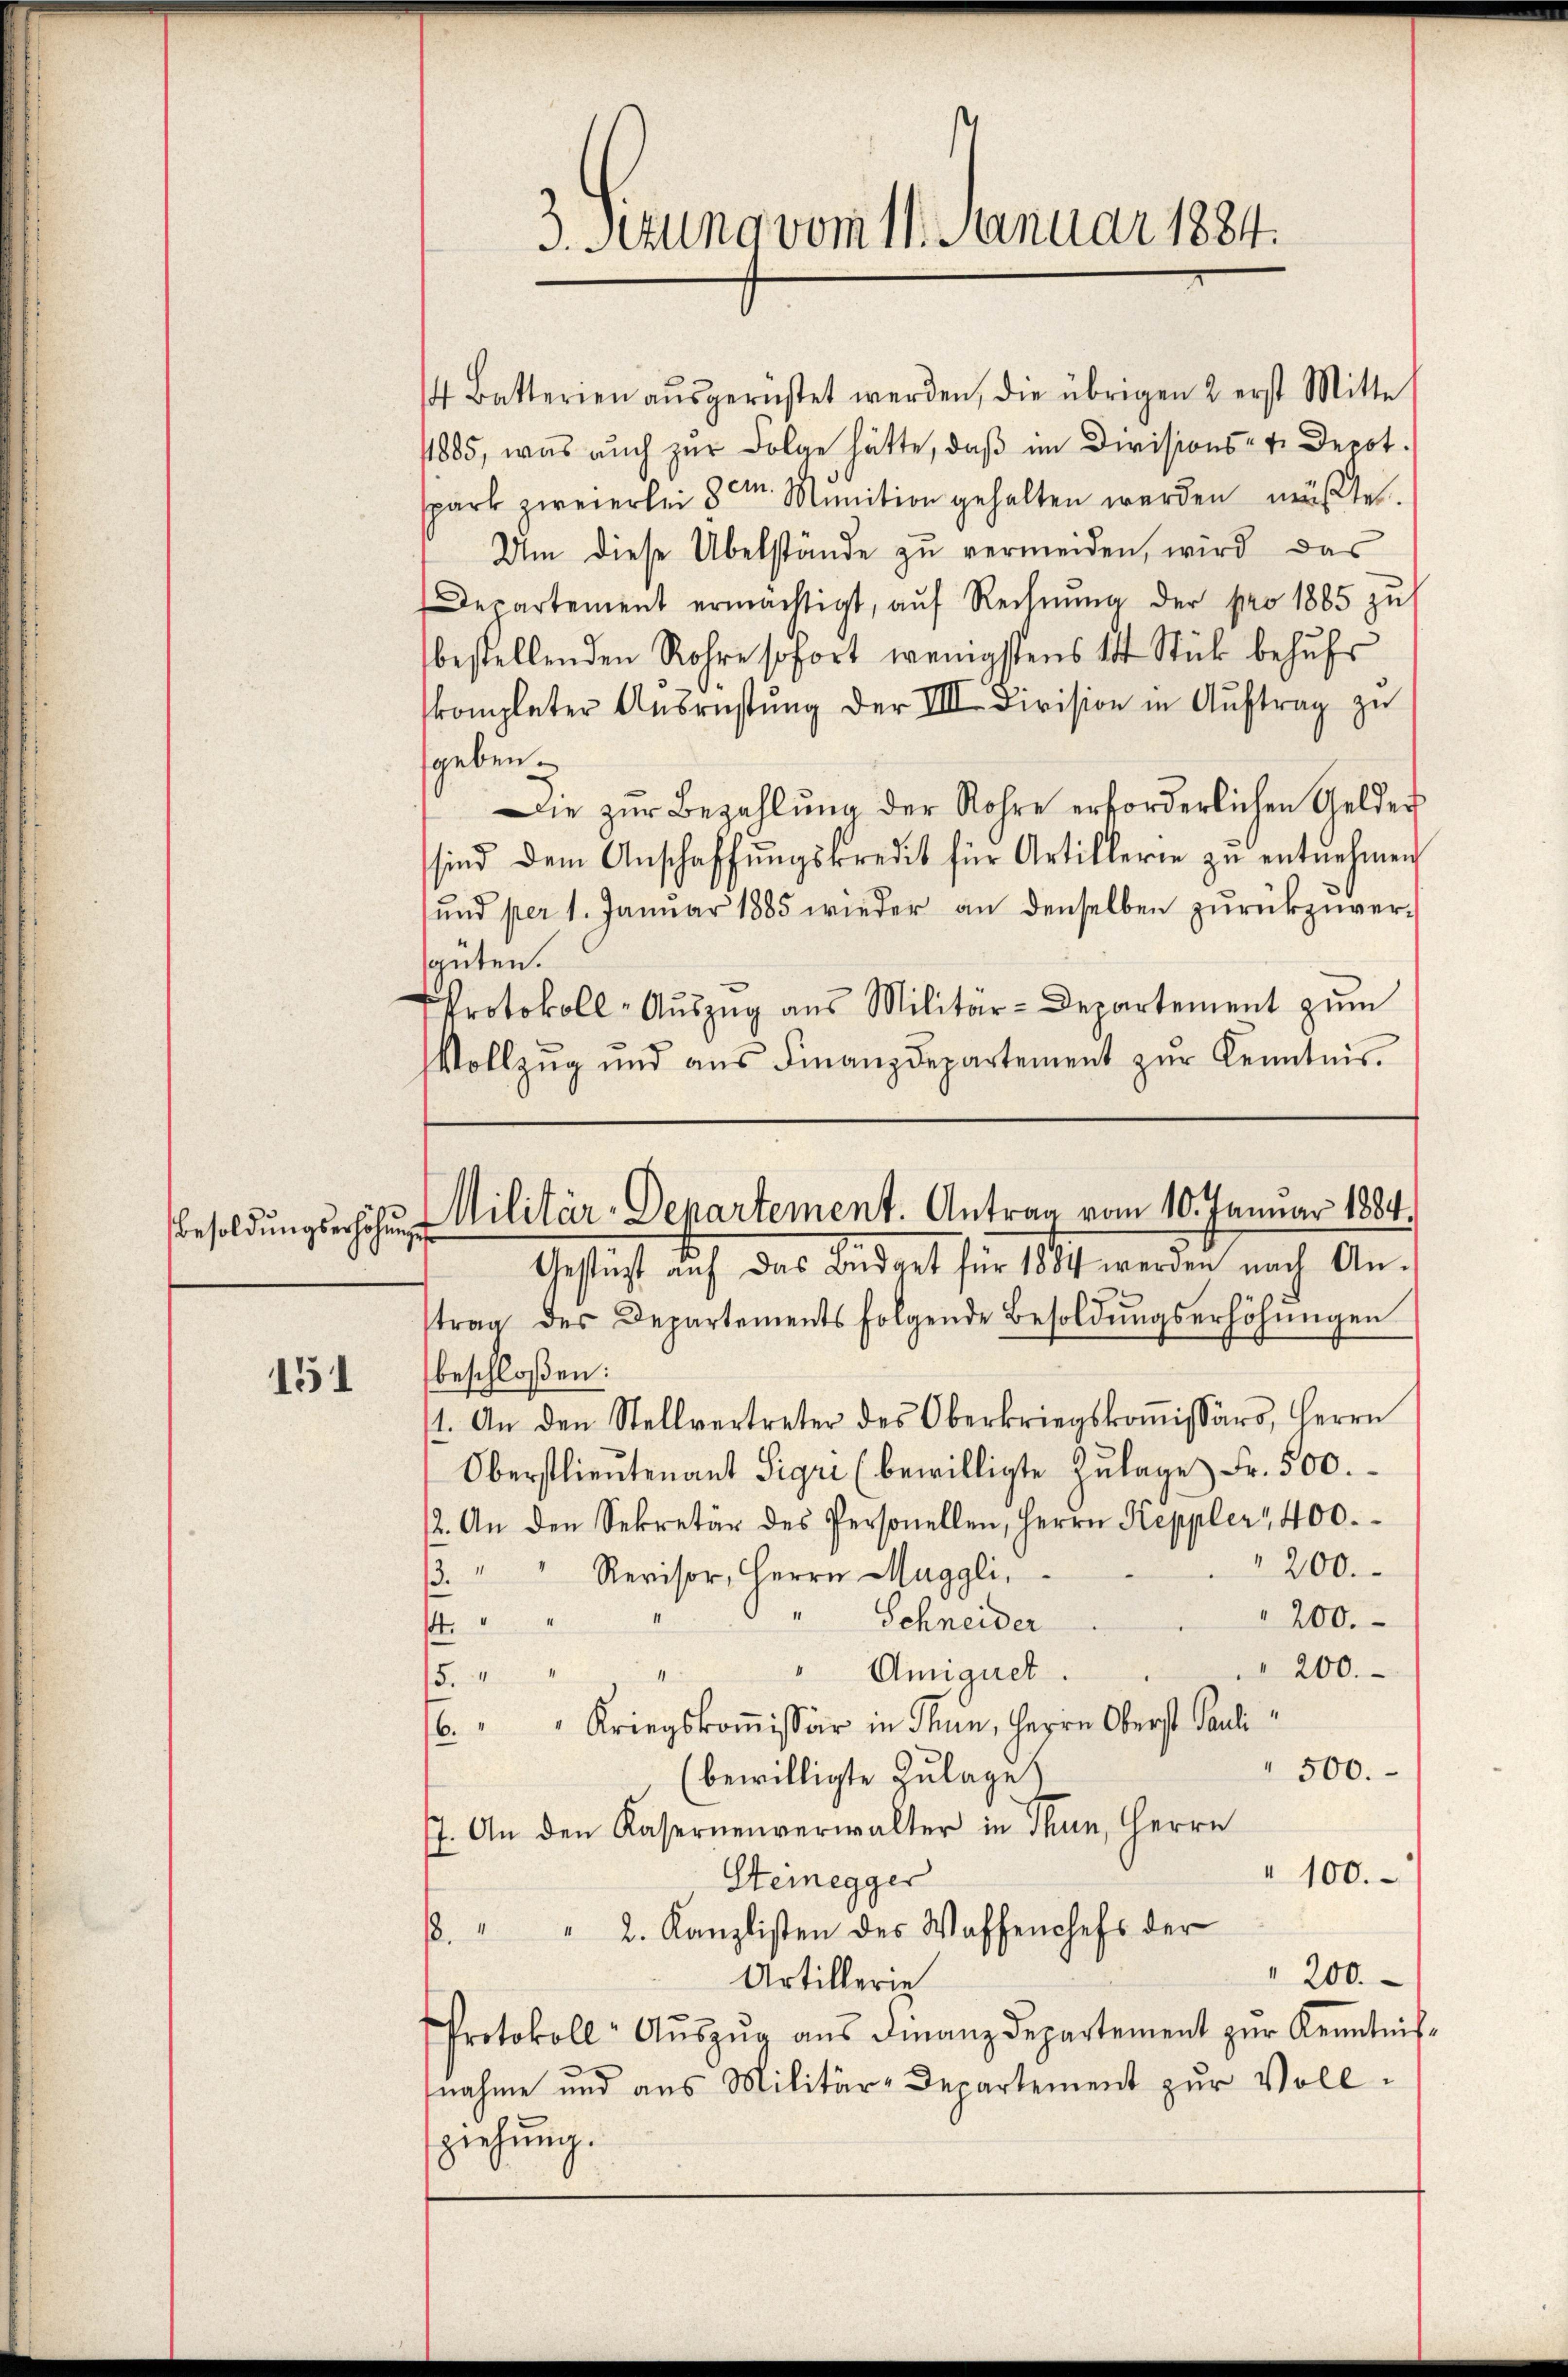
Besoldungserhöhung

151

4 Batterien aŭsgerüstet werden, die übrigen 2 erst Mitte
1885, was auch zur Folge hätte, daß im Divisions- u. Depot.
spark zweierlei 8 Minition gehalten werden müßte.
Um diese Übelstände zu vermeiden, wird das
Departement ermächtigt, aŭf Rechnŭng der pro 1885 zŭ
bestellenden Rohre sofort wenigstens 14 Stück behufs
kompleter Aŭsrüstŭng der VIII. Division in Aŭftrag zu
sgeben.
Die zur Bezahlung der Rohre erforderlichen Gelder
sind dem Anschaffŭngskredit für Artillerie zu entnehmen
und per 1. Januar 1885 wieder an denselben zurückzuversgüten.
Protokoll-Aŭszŭg ans Militär-Departement zŭm
Vollzŭg und aŭs Finanzdepartement zŭr Kenntnis.

3. Setung vom 11. Januar 1884.

Militär-Departement. Antrag vom 10. Januar 1884.
Gestüzt auf das Budget für 1884 werden nach An¬

trag des Departements folgende Besoldungserhöhungen
beschloßen:
1. An den Stellvertreter des Oberkriegskoṁissärs, Herrn
Oberstlieutenant Sigri (bewilligte Zulage Fr. 500.
2. An den Sekretär des Personellen, Herrn Keppler, 400.
200.
3.
Revisor, Herrn Maggli,
200.
Schneider
"
200.
"Amigiet.
1
15.
 Kriegskomissär in Thun, Herrn Oberst Pauli
500.
bewilligte Zulage
7. An den Kasernenverwalter in Thun, Herrn
100.
Steinegger
. " " 2. Kanzlisten des Waffenchefs der
" 200.
Artillerie
Protokoll- Aŭszŭg aŭs Finanzdepartement zŭr Kenntnis-
nahme und aus Militär-Departement zur Vollsziehung.